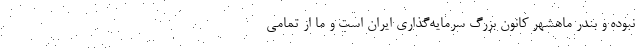
نبوده و بندر ماهشهر کانون بزرگ سرمایه‌گذاری ایران است و ما از تمامی